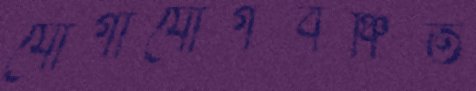
যোগাযোগবঞ্চিত